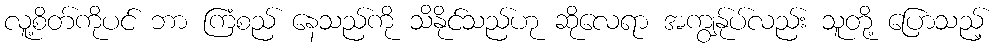
လူ့စိတ်ကိုပင် ဘာ ကြံစည် နေသည်ကို သိနိုင်သည်ဟု ဆိုလေရာ အကျွန်ုပ်လည်း သူတို့ ပြောသည့်